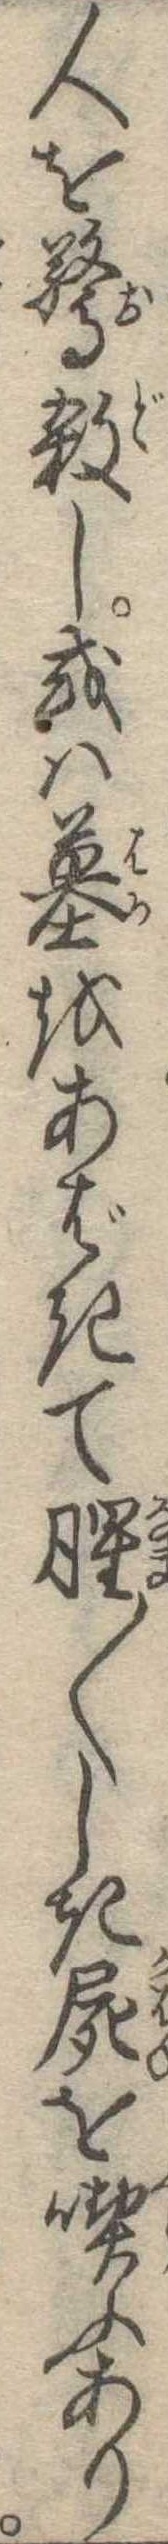
人を驚殺し或は墓をあばきて腥〱しき屍を喫ふあり